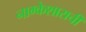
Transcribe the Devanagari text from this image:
नाग्केशाराची